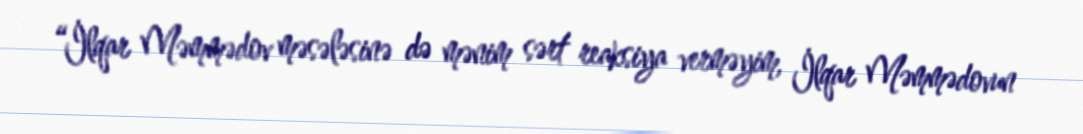
“İlqar Məmmədov məsələsinə də mənim sərt reaksiya verməyim, İlqar Məmmədovun